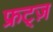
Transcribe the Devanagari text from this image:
फ्रट्ज़